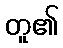
တူ၏